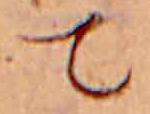
て